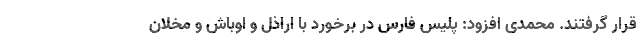
قرار گرفتند. محمدی افزود: پلیس فارس در برخورد با اراذل و اوباش و مخلان